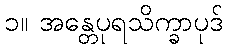
၁။ အန္တေပုရသိက္ခာပုဒ်